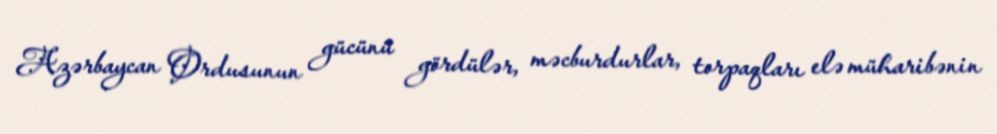
Azərbaycan Ordusunun gücünü gördülər, məcburdurlar, torpaqları elə müharibənin